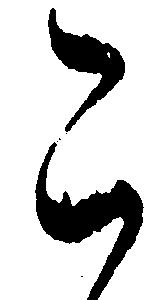
こ